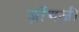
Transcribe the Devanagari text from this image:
ज़ोंगज़ी